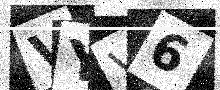
Text: VYV6